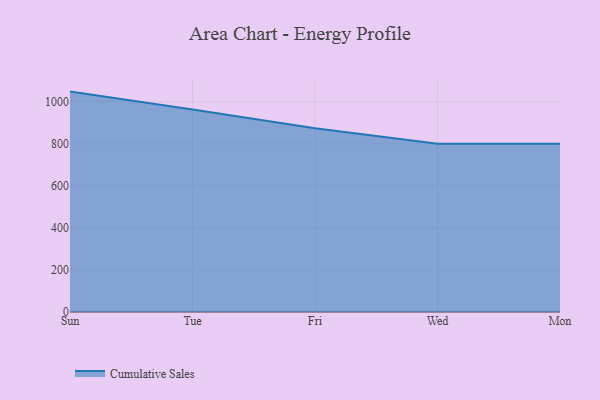
{"axis": {"x": "Day", "y": "Operating Costs (USD K)"}, "legend": ["Cumulative Sales"], "data": [{"x": "Sun", "y": 1048.4, "type": "Cumulative Sales"}, {"x": "Tue", "y": 963.0, "type": "Cumulative Sales"}, {"x": "Fri", "y": 873.7, "type": "Cumulative Sales"}, {"x": "Wed", "y": 800, "type": "Cumulative Sales"}, {"x": "Mon", "y": 800, "type": "Cumulative Sales"}]}